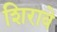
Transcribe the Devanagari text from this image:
शिरावे